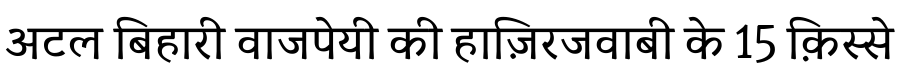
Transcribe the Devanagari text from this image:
अटल बिहारी वाजपेयी की हाज़िरजवाबी के 15 क़िस्से